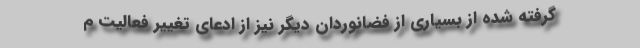
گرفته شده از بسیاری از فضانوردان دیگر نیز از ادعای تغییر فعالیت م